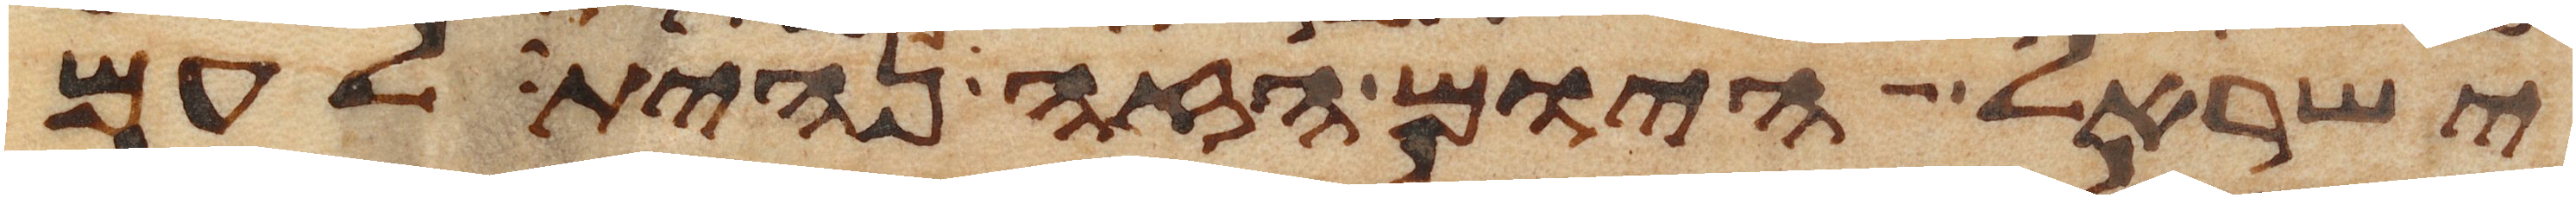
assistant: ישראל היום הזה נהית לעם